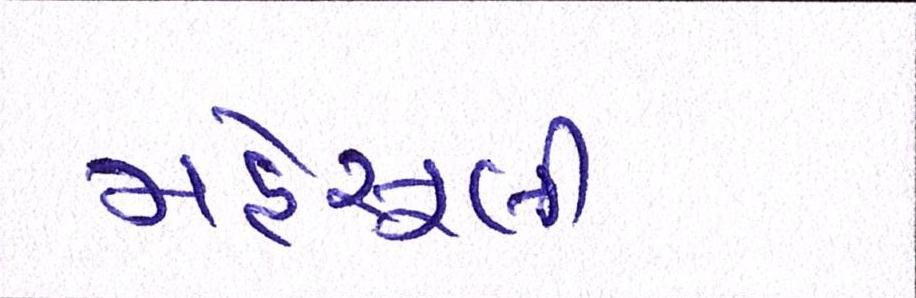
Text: મહેસૂલી